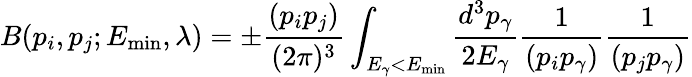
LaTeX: B(p_{i},p_{j};E_{\mathrm{{min}}},\lambda)=\pm\frac{(p_{i}p_{j})}{(2\pi)^{3}}\int_{E_{\gamma}<E_{\mathrm{min}}}\frac{d^{3}p_{\gamma}}{2E_{\gamma}}\frac{1}{(p_{i}p_{\gamma})}\frac{1}{(p_{j}p_{\gamma})}